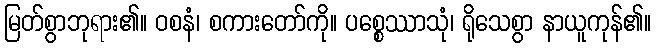
မြတ်စွာဘုရား၏။ ဝစနံ၊ စကားတော်ကို။ ပစ္စေဿာသုံ၊ ရိုသေစွာ နာယူကုန်၏။